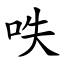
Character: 呹